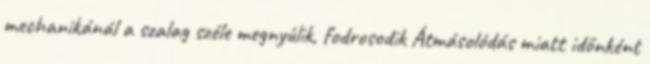
mechanikánál a szalag széle megnyúlik, fodrosodik Átmásolódás miatt időnként